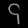
Digit: ၄